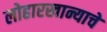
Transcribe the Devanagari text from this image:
लोहारखान्याचे